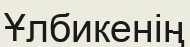
Ұлбикенің